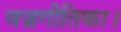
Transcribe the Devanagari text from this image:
वज्रगीतिका।